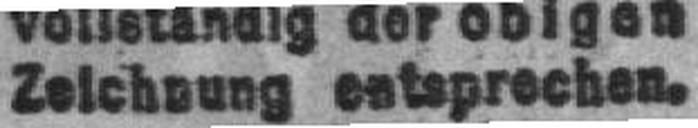
Zeichnung entsprechen.